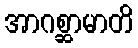
အာဂစ္ဆာမာတိ